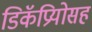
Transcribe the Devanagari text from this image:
डिकॅप्रियोसह